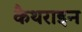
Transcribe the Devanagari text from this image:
कैथराइन